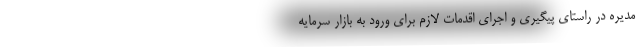
مدیره در راستای پیگیری و اجرای اقدمات لازم برای ورود به بازار سرمایه